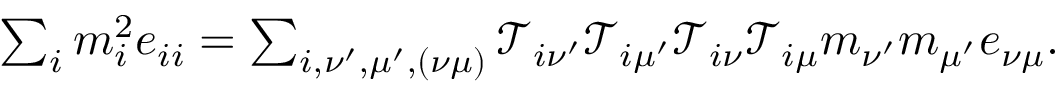
\begin{array} { r } { \sum _ { i } m _ { i } ^ { 2 } e _ { i i } = \sum _ { i , \nu ^ { \prime } , \mu ^ { \prime } , ( \nu \mu ) } \mathscr { T } _ { i \nu ^ { \prime } } \mathscr { T } _ { i \mu ^ { \prime } } \mathscr { T } _ { i \nu } \mathscr { T } _ { i \mu } m _ { \nu ^ { \prime } } m _ { \mu ^ { \prime } } e _ { \nu \mu } . } \end{array}